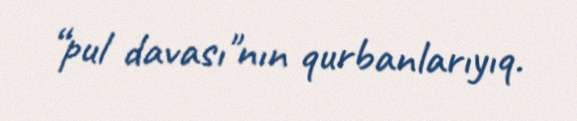
“pul davası"nın qurbanlarıyıq.